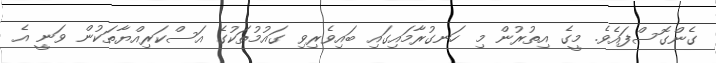
ގެންގޮސްފައެވެ. މީގެ އިތުރުން މި ހަނގުރާމައިގައި ބައިވެރިވި ގައުމުތަކުގެ އަސްކަރިއްޔާތަކުން ވަނީ އެ